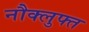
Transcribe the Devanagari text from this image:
नौक्लुफ्त